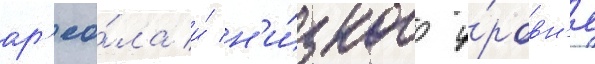
ар'еа́ла и́ н'и́зкого у́ровн'я